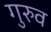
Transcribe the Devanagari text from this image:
गुरुव